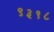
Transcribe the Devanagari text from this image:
९३१८